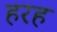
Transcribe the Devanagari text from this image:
हरह